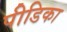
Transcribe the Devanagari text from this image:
पीडिका